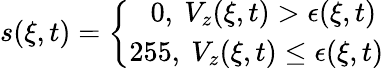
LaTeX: \begin{array}{r}{s(\xi,t)=\left\{ \begin{array}{ll}{~~~0,~V_{z}(\xi,t)>\epsilon(\xi,t)}\\ {255,~V_{z}(\xi,t)\leq\epsilon(\xi,t)}\end{array}\right.}\end{array}